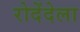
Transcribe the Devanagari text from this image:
रोदेंदेला